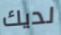
لديك